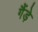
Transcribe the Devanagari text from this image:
गैंड़े